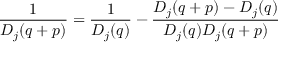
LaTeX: { \frac { 1 } { D _ { j } ( q + p ) } } = { \frac { 1 } { D _ { j } ( q ) } } - { \frac { D _ { j } ( q + p ) - D _ { j } ( q ) } { D _ { j } ( q ) D _ { j } ( q + p ) } }